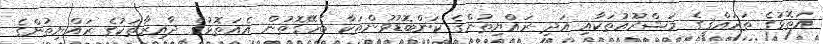
އަތޮޅުގެ ތަރައްޤީގެ މަޝްރޫއުތަކާއި އަދި ރައްޔިތުންގެ ކަންބޮޑުވުންތަކާ ބެހޭގޮތުން އެއަތޮޅުގެ ދާއިރާތަކުގެ ރައްޔިތުންގެ